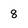
Character: 8